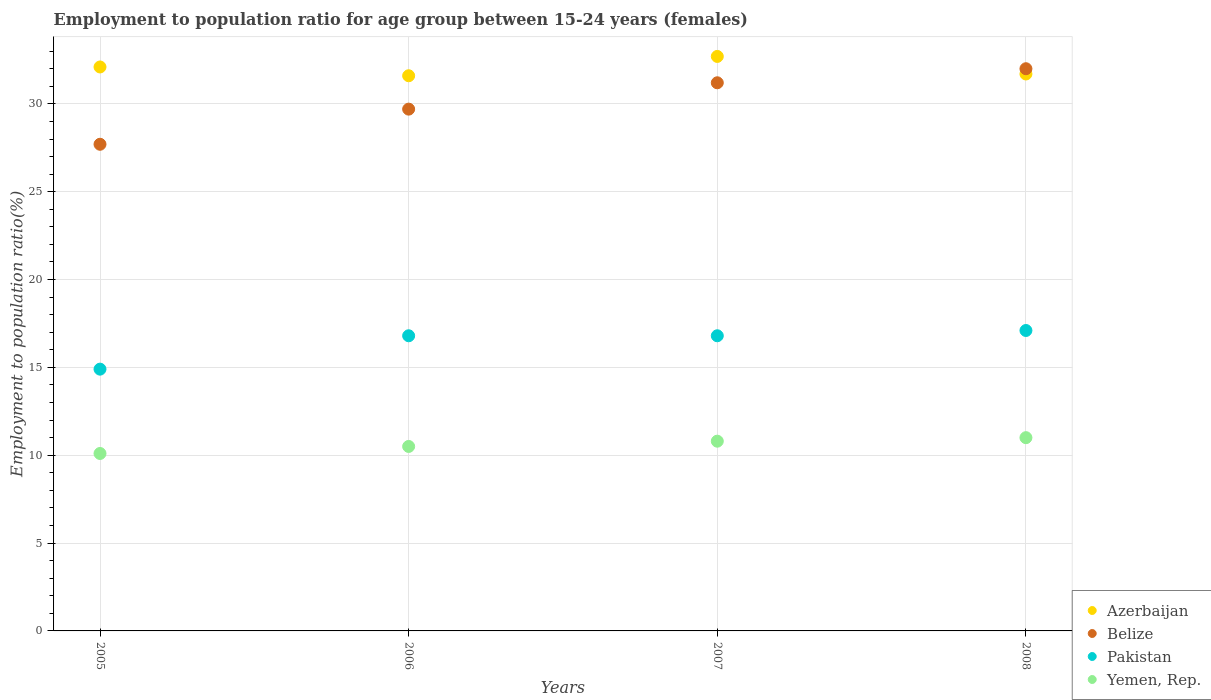
| Years | Azerbaijan | Belize | Pakistan | Yemen, Rep. |
 | --- | --- | --- | --- | --- |
 | 2005 | 32.1 | 27.7 | 14.9 | 10.1 |
 | 2006 | 31.6 | 29.7 | 16.8 | 10.5 |
 | 2007 | 32.7 | 31.2 | 16.8 | 10.8 |
 | 2008 | 31.7 | 32 | 17.1 | 11 |